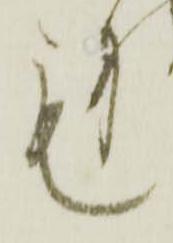
も